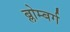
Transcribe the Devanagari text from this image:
ब्लोम्बर्ग